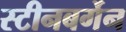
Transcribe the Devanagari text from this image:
स्टीनबर्गेन